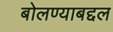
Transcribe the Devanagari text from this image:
बोलण्याबद्दल